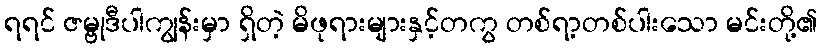
ရရင် ဇမ္ဗုဒီပါကျွန်းမှာ ရှိတဲ့ မိဖုရားများနှင့်တကွ တစ်ရာ့တစ်ပါးသော မင်းတို့၏